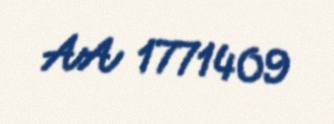
AA 1771409